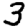
Digit: 3